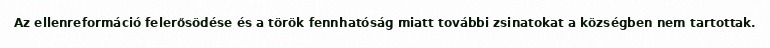
Az ellenreformáció felerősödése és a török fennhatóság miatt további zsinatokat a községben nem tartottak.